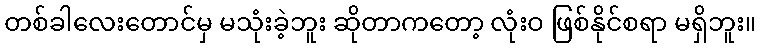
တစ်ခါလေးတောင်မှ မသုံးခဲ့ဘူး ဆိုတာကတော့ လုံးဝ ဖြစ်နိုင်စရာ မရှိဘူး။